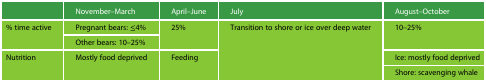
<table><thead><tr><td></td><td><b>November–March</b></td><td><b>April–June</b></td><td><b>July</b></td><td><b>August–October</b></td></tr></thead><tbody><tr><td rowspan="2">% time active</td><td>Pregnant bears: ≤4%</td><td rowspan="2">25%</td><td rowspan="4">Transition to shore or ice over deep water</td><td rowspan="2">10–25%</td></tr><tr><td>Other bears: 10–25%</td></tr><tr><td rowspan="2">Nutrition</td><td rowspan="2">Mostly food deprived</td><td rowspan="2">Feeding</td><td>Ice: mostly food deprived</td></tr><tr><td>Shore: scavenging whale</td></tr></tbody></table>